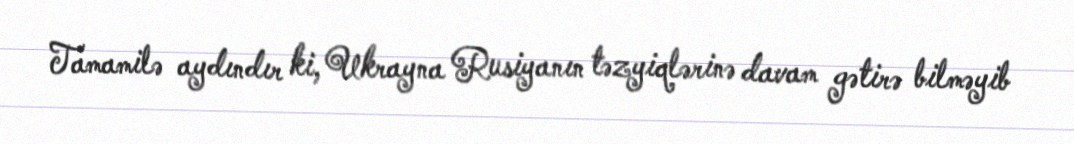
Tamamilə aydındır ki, Ukrayna Rusiyanın təzyiqlərinə davam gətirə bilməyib